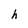
Character: h